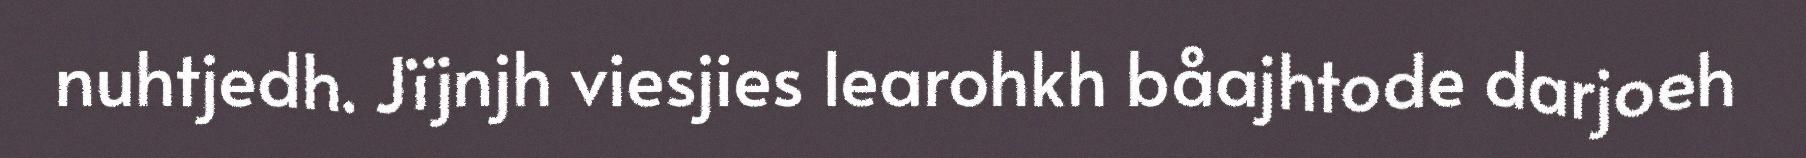
nuhtjedh. Jïjnjh viesjies learohkh båajhtode darjoeh